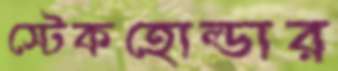
স্টেকহোল্ডার